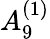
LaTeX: {A}_{9}^{(1)}